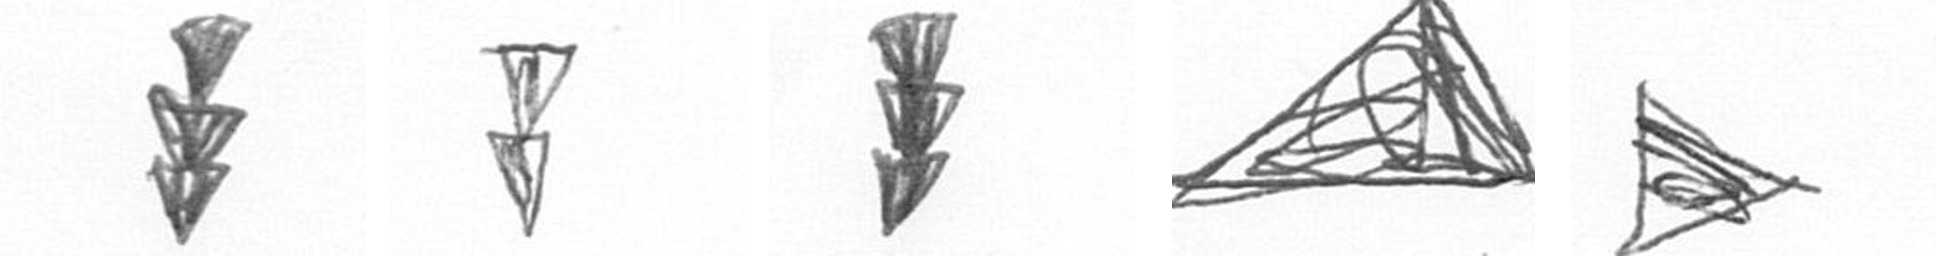
E Z E O T